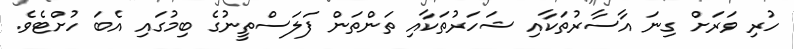
ހުރި ވަރަށް ގިނަ އާސާރުތަކާއި ޝަހަރުތަކާއި ތަންތަން ފަލަސްތީނުގެ ބިމުގައި އެބަ ހުށްޓެވެ.